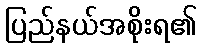
ပြည်နယ်အစိုးရ၏